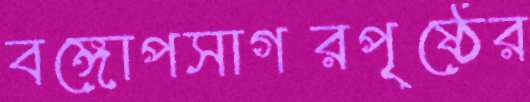
বঙ্গোপসাগরপৃষ্ঠের